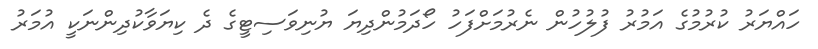
ހައްޔަރު ކުރުމުގެ އަމުރު ފުލުހުން ނެރުމަށްފަހު ހޯދަމުންދިޔަ ޔުނިވަސިޓީގެ ދެ ކިޔަވާކުދިންނަކީ އުމަރު